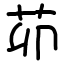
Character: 茆